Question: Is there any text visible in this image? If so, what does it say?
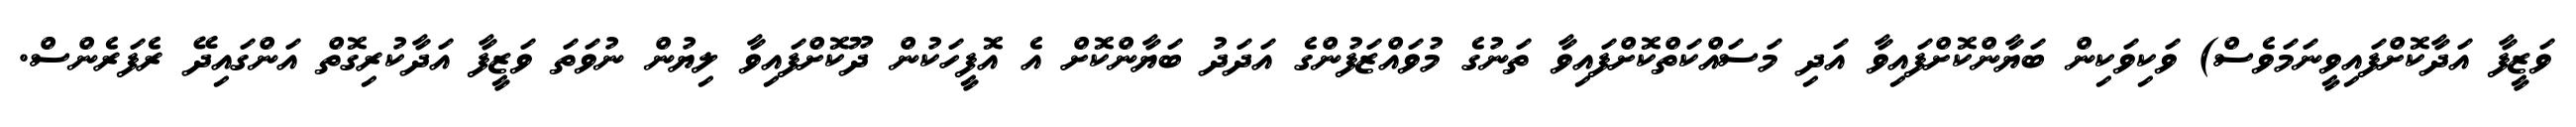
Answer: ވަޒީފާ އަދާކޮށްފައިވީނަމަވެސް) ވަކިވަކިން ބަޔާންކޮށްފައިވާ އަދި މަސައްކަތްކޮށްފައިވާ ތަނުގެ މުވައްޒަފުންގެ އަދަދު ބަޔާންކޮށް އެ އޮފީހަކުން ދޫކޮށްފައިވާ ލިޔުން ނުވަތަ ވަޒީފާ އަދާކުރިގޮތް އަންގައިދޭ ރެފަރެންސް.